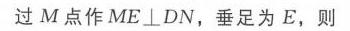
过 \(M\) 点作 \(ME\perp DN\)，垂足为 \(E\)，则